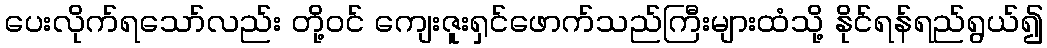
ပေးလိုက်ရသော်လည်း တို့ဝင် ကျေးဇူးရှင်ဖောက်သည်ကြီးများထံသို့ နိုင်ရန်ရည်ရွယ်၍